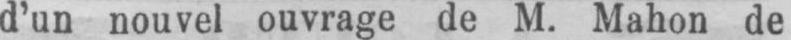
d’un nouvel ouvrage de M. Mahon de